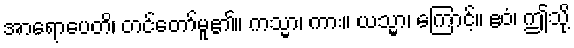
အာရောပေတိ၊ တင်တော်မူ၏။ ကသ္မာ၊ ကား။ ယသ္မာ၊ ကြောင့်။ ဧဝံ၊ ဤသို့